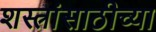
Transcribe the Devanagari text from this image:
शस्त्रांसाठीच्या